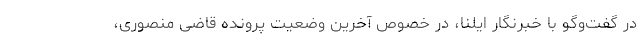
در گفت‌وگو با خبرنگار ایلنا، در خصوص آخرین وضعیت پرونده قاضی منصوری،